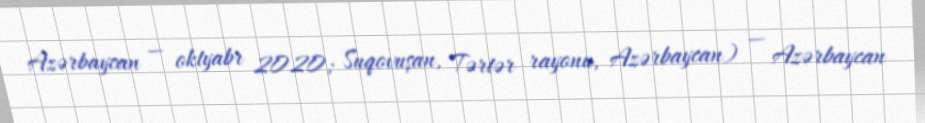
Azərbaycan — oktyabr 2020; Suqovuşan, Tərtər rayonu, Azərbaycan) — Azərbaycan